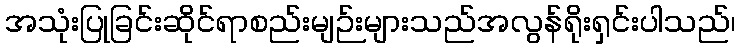
အသုံးပြုခြင်းဆိုင်ရာစည်းမျဉ်းများသည်အလွန်ရိုးရှင်းပါသည်၊